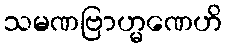
သမဏဗြာဟ္မဏေဟိ